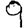
Digit: 9